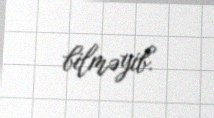
bilməyib.